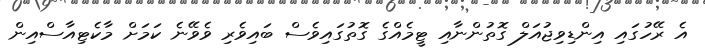
އެ ރޭހުގައި އިންޑިވިޖުއަލް ގޮތުންނާއި ޓީމެއްގެ ގޮތުގައިވެސް ބައިވެރި ވެވޭނެ ކަމަށް މާކެޓިއާސްއިން